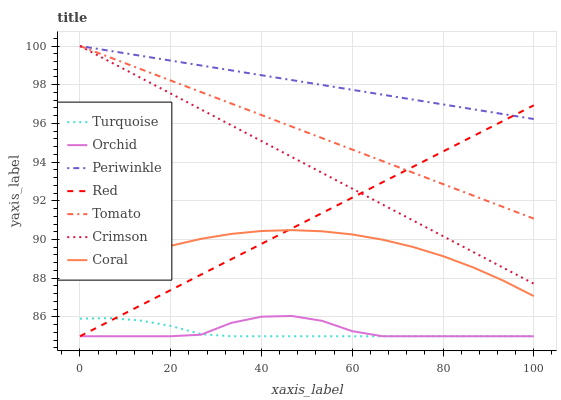
| xaxis_label | Turquoise | Orchid | Periwinkle | Red | Tomato | Crimson | Coral |
 | --- | --- | --- | --- | --- | --- | --- | --- |
 | 0 | 85.9 | 85 | 100 | 85 | 100 | 100 | 88 |
 | 6.67 | 85.9 | 85 | 99.7 | 85.8 | 99.4 | 99.2 | 88.6 |
 | 13.3 | 85.8 | 85 | 99.5 | 86.6 | 98.8 | 98.4 | 89.2 |
 | 20 | 85.5 | 85 | 99.2 | 87.4 | 98.2 | 97.5 | 89.7 |
 | 26.7 | 85.1 | 85.1 | 99 | 88.2 | 97.6 | 96.7 | 90 |
 | 33.3 | 85 | 85.7 | 98.7 | 89 | 97 | 95.9 | 90.3 |
 | 40 | 85 | 86 | 98.5 | 89.8 | 96.4 | 95.1 | 90.4 |
 | 46.7 | 85 | 86 | 98.2 | 90.6 | 95.8 | 94.3 | 90.5 |
 | 53.3 | 85 | 85.8 | 98 | 91.4 | 95.2 | 93.4 | 90.4 |
 | 60 | 85 | 85.3 | 97.7 | 92.2 | 94.6 | 92.6 | 90.3 |
 | 66.7 | 85 | 85 | 97.5 | 93 | 94.1 | 91.8 | 90 |
 | 73.3 | 85 | 85 | 97.2 | 93.8 | 93.5 | 91 | 89.6 |
 | 80 | 85 | 85 | 97 | 94.5 | 92.9 | 90.2 | 89.1 |
 | 86.7 | 85 | 85 | 96.7 | 95.3 | 92.3 | 89.4 | 88.6 |
 | 93.3 | 85 | 85 | 96.5 | 96.1 | 91.7 | 88.5 | 87.9 |
 | 100 | 85 | 85 | 96.2 | 96.9 | 91.1 | 87.7 | 87.1 |